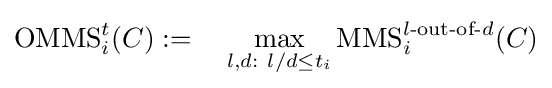
\operatorname {OMMS} _{i}^{t}(C):=~~~\max _{l,d:~l/d\leq t_{i}}\operatorname {MMS} _{i}^{l{\text{-out-of-}}d}(C)